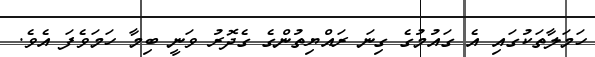
ހަމަލާތަކުގައި އެ ގައުމުގެ ގިނަ ރައްޔިތުންގެ ގެދޮރު ވަނީ ބިމާ ހަމަވެފަ އެވެ.